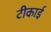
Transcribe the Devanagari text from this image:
टीकाई